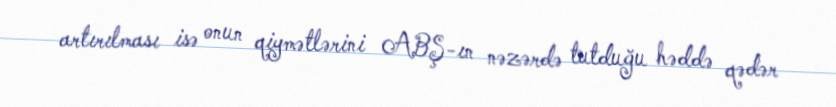
artırılması isə onun qiymətlərini ABŞ-ın nəzərdə tutduğu həddə qədər